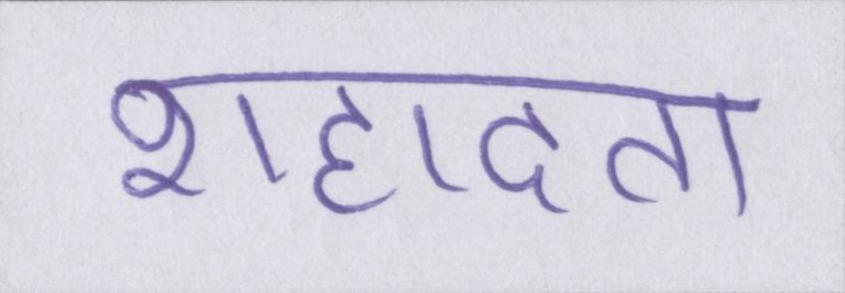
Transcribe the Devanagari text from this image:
शहादत